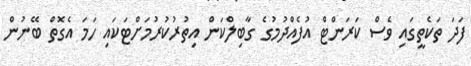
ފަދަ ތަކެތީގައި ވެސް ކަރަންޓް އުފެއްދުމުގެ ގާބިލްކަން އިތުރުކުރުމަށްޓަކައި ހަމަ އެގޮތް ބޭނުން